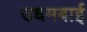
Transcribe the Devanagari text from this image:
उधमबाई